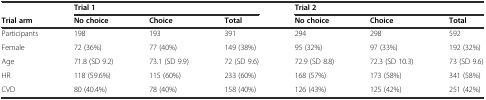
<table><thead><tr><td></td><td colspan="3"><b>Trial 1</b></td><td colspan="3"><b>Trial 2</b></td></tr><tr><td><b>Trial arm</b></td><td><b>No choice</b></td><td><b>Choice</b></td><td><b>Total</b></td><td><b>No choice</b></td><td><b>Choice</b></td><td><b>Total</b></td></tr></thead><tbody><tr><td>Participants</td><td>198</td><td>193</td><td>391</td><td>294</td><td>298</td><td>592</td></tr><tr><td>Female</td><td>72 (36%)</td><td>77 (40%)</td><td>149 (38%)</td><td>95 (32%)</td><td>97 (33%)</td><td>192 (32%)</td></tr><tr><td>Age</td><td>71.8 (SD 9.2)</td><td>73.1 (SD 9.9)</td><td>72 (SD 9.6)</td><td>72.9 (SD 8.8)</td><td>72.3 (SD 10.3)</td><td>73 (SD 9.6)</td></tr><tr><td>HR</td><td>118 (59.6%)</td><td>115 (60%)</td><td>233 (60%)</td><td>168 (57%)</td><td>173 (58%)</td><td>341 (58%)</td></tr><tr><td>CVD</td><td>80 (40.4%)</td><td>78 (40%)</td><td>158 (40%)</td><td>126 (43%)</td><td>125 (42%)</td><td>251 (42%)</td></tr></tbody></table>